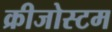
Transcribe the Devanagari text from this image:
क्रीजोस्टम